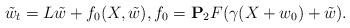
LaTeX: \begin{align*}\tilde w_t=L \tilde w + f_0(X, \tilde w), f_0= {\bf P}_2 F(\gamma (X + w_0) + \tilde w).\end{align*}